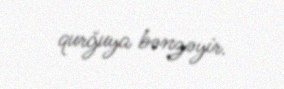
qurğuya bənzəyir.